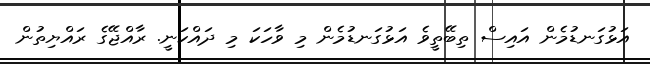
އަޅުގަނޑުމެން އައިސް ތިބޭތީވެ އަޅުގަނޑުމެން މި ވާހަކަ މި ދައްކަނީ. ރާއްޖޭގެ ރައްޔިތުން